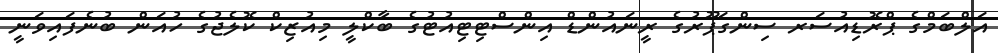
އަލްބަމްގެ ޕްރޮޑިއުސަރ ސިންގަޕޫރުގެ ރީނައުންޑް އިންސްޓިޓިއުޓުގެ ބާކްލީ މިއުޒިކް ކޮލެޖުގެ ހުއަން ބުނެފައިވަނީ